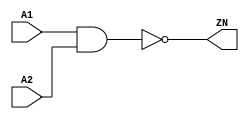
module NAND2_X2 (A1, A2, ZN);
  input A1;
  input A2;
  output ZN;
  not(ZN, i_22);
  and(i_22, A1, A2);
  specify
    (A1 => ZN) = (0.1, 0.1);
    (A2 => ZN) = (0.1, 0.1);
  endspecify
endmodule